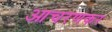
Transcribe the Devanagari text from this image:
आचरणकर